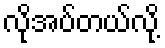
လိုအပ်တယ်လို့